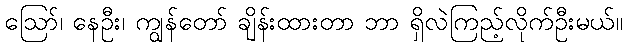
ဪ၊ နေဦး၊ ကျွန်တော် ချိန်းထားတာ ဘာ ရှိလဲကြည့်လိုက်ဦးမယ်။